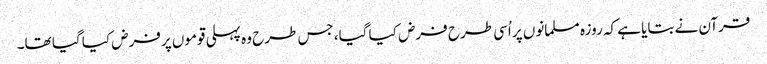
قرآن نے بتایا ہے کہ روزہ مسلمانوں پر اُسی طرح فرض کیا گیا، جس طرح وہ پہلی قوموں پرفرض کیا گیا تھا۔